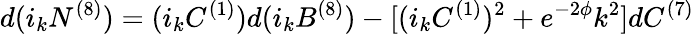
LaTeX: d(i_{k}N^{(8)})=(i_{k}C^{(1)})d(i_{k}B^{(8)})-[(i_{k}C^{(1)})^{2}+e^{-2\phi}k^{2}]dC^{(7)}